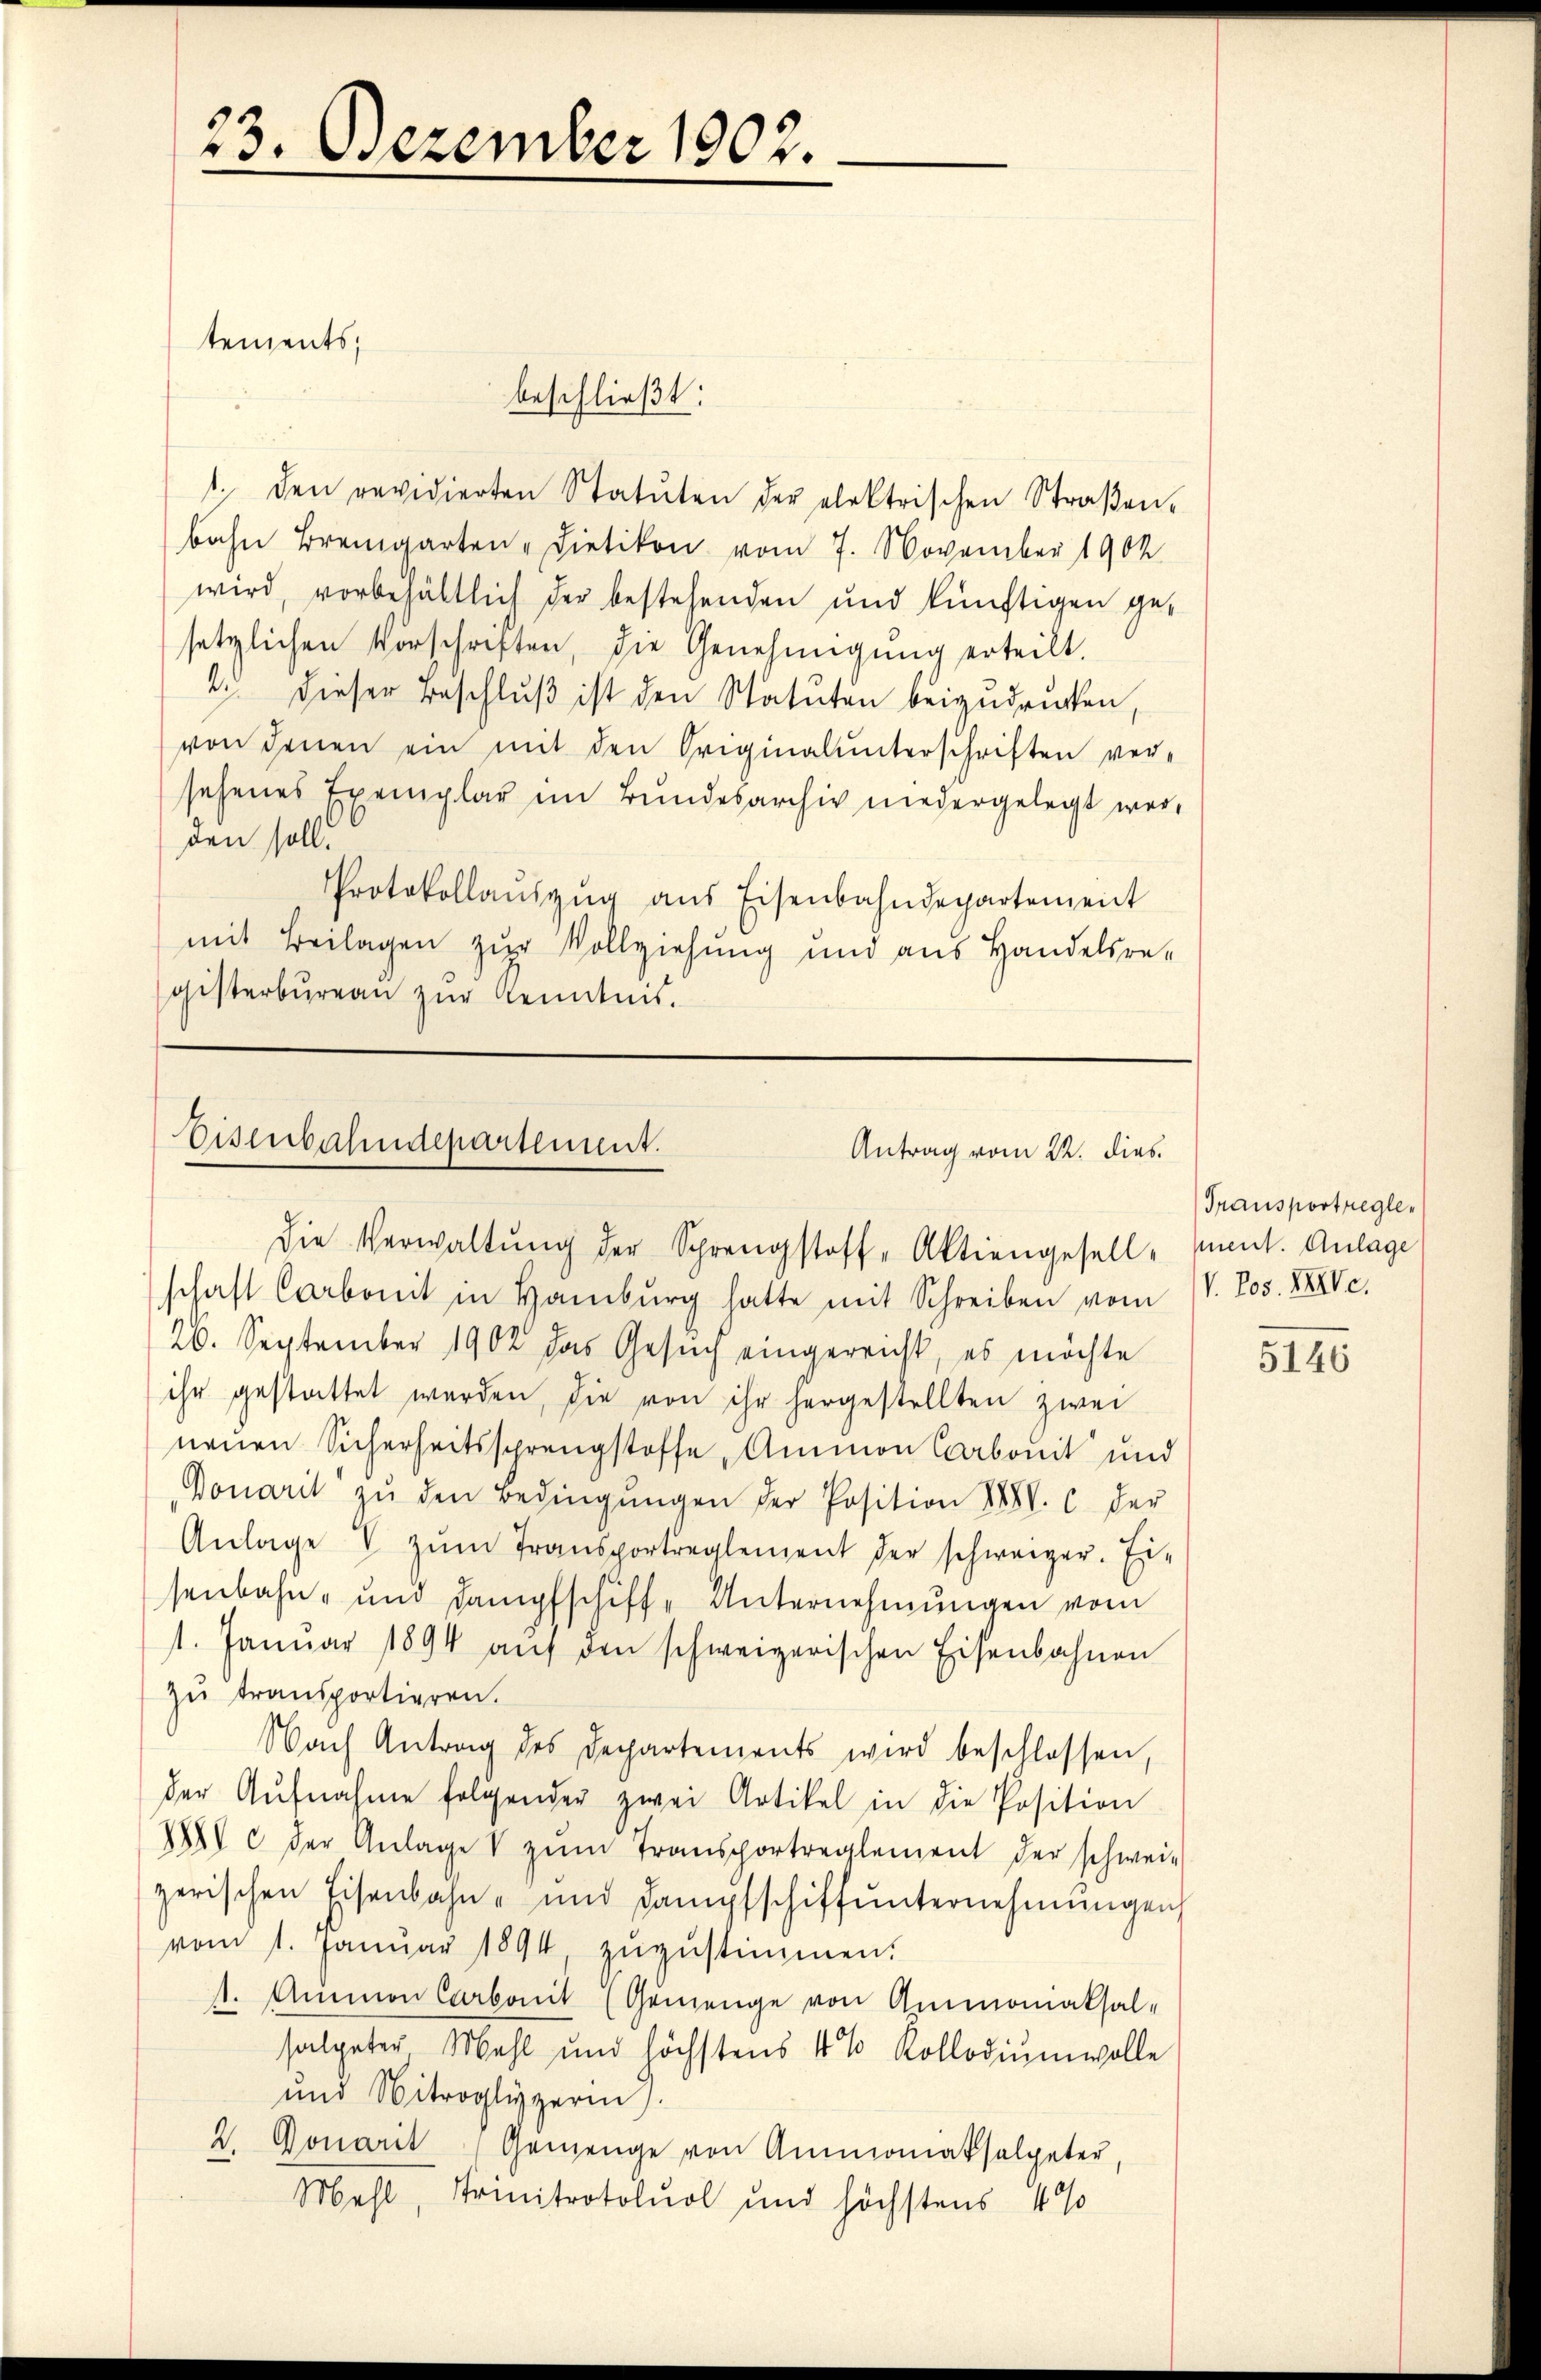
beschließt:
 den revidierten Statŭten der elektrischen Straβen-
bahn Bremgarten - Dietikon vom 7. November 1902
wird, vorbehältlich der bestehenden und künftigen gesetzlichen Vorschriften, die Genehmigŭng erteilt.
23. dieser Beschluß ist den Statuten beizudrücken,
von denen ein mit den Originalunterschriften ver-
sehenes Exemplar im Bundesarchiv niedergelegt werden soll.
Protokollaŭszŭg aŭs Eisenbahndepartement
mit Beilagen zur Vollziehung und aus Handelsre-
gisterbüreaŭ zŭr Kenntnis.

23. Dezember 1902.

tements,

Eisenbahndepartement.
Antrag vom 22. dies
Die Verwaltŭng der Sprengstoff-Aktiengesell-Iment. Anlage

schaft Carbonit in Hamburg hatte mit Schreiben vom V. Jos. XXIVc.
26. September 1902 das Gesuch eingereicht, es möchte
ihr gestattet werden, die von ihr hergestellten zwei
neŭen Sicherheitssprengstoffe, Ammon Carbonit und
Donarit zŭ den Bedingŭngen der Position XXXV. C. der
Anlage V zŭm Transportreglement der schweizer. Ei-
senbahn- und dampfschiff- Unternehmungen vom
1. Janŭar 1894 aŭf den schweizerischen Eisenbahnen
zu transportieren.
Nach Antrag des Departements wird beschlossen,
der Aŭfnahme folgender zwei Artikel in die Position
XXII c der Anlage V zŭm Transportreglement der schwei-
zerischen Eisenbahn- und dampfschiffŭnternehmungen
vom 1. Janŭar 1894 zŭzŭstimmen.
1. Ammon Carbonit (Gemenge von Ammomaksal-
salpeter Mehl und höchstens 4% Kollodiŭmwolle
und Mitroglizerin).
2. Gonarit " Gemenge von Ammonatsalpeter,
Mehl, Trinitrotoluol und höchstens 4%

Transportregle¬

5146